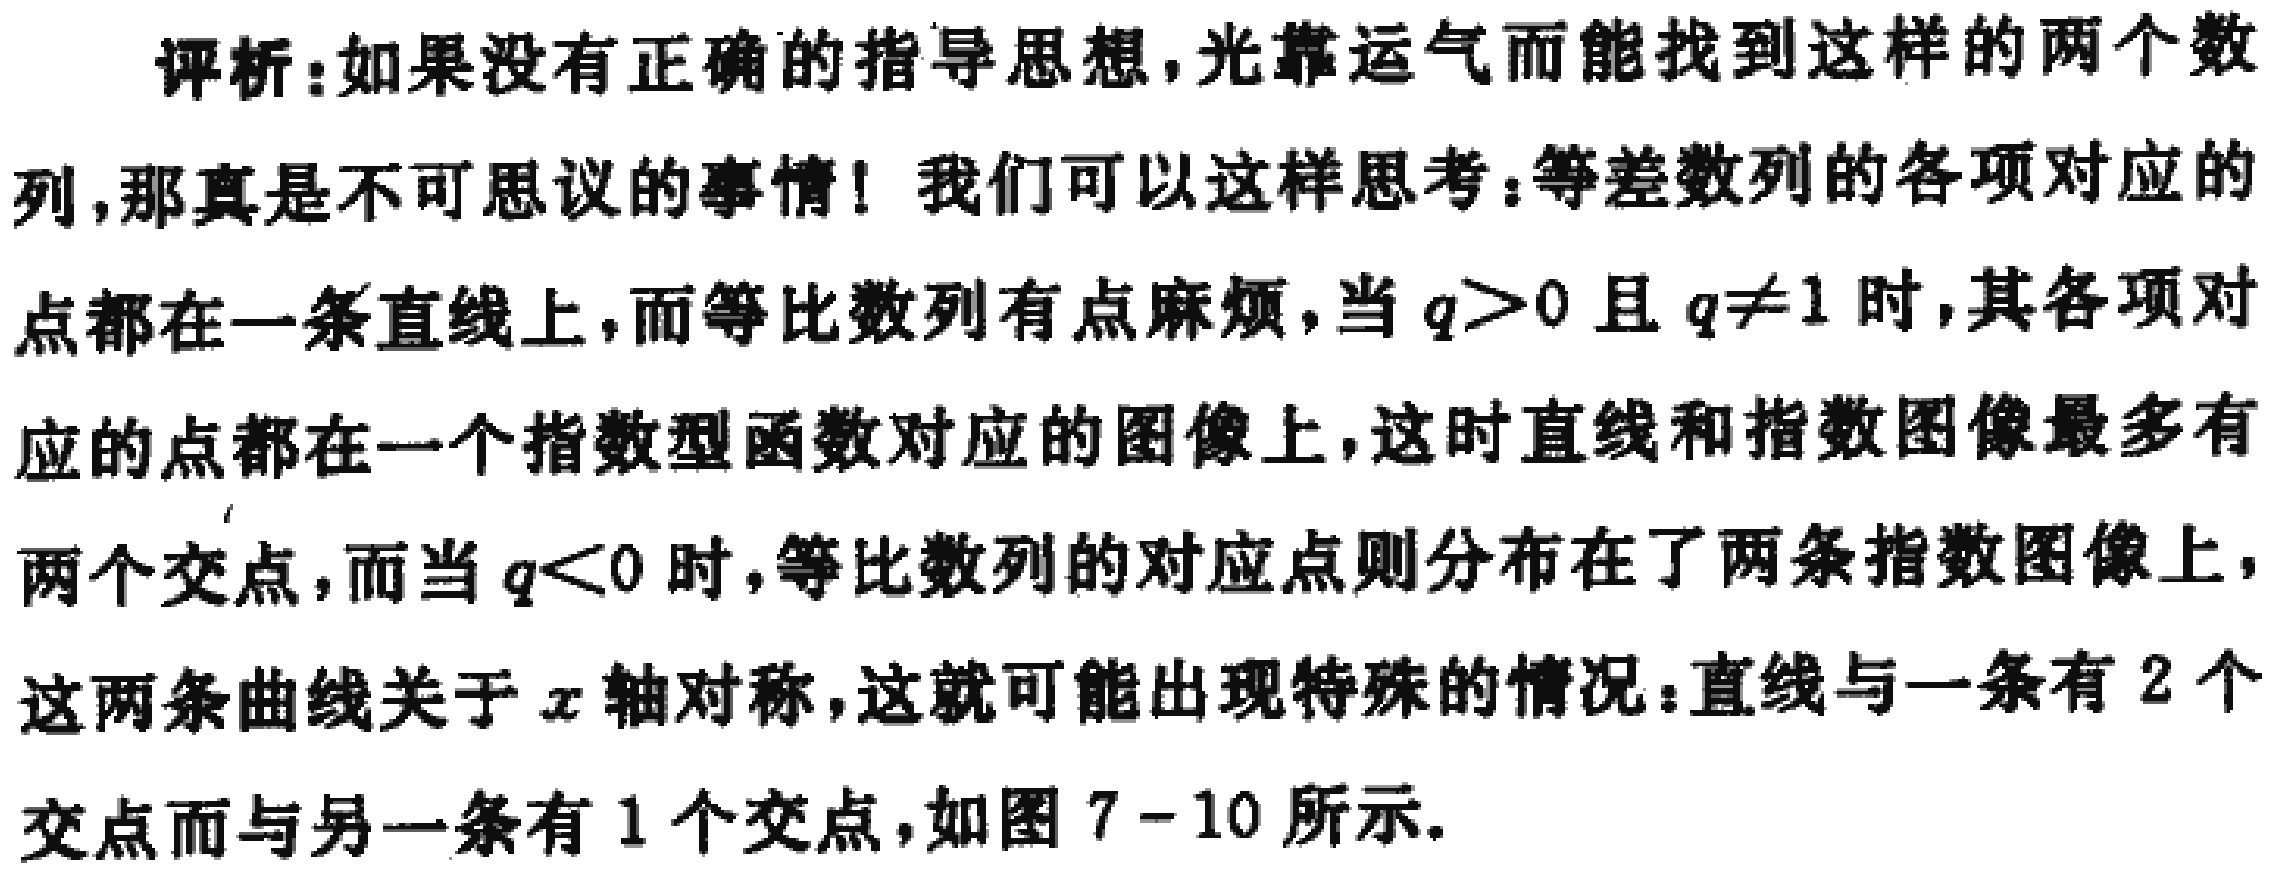
评析：如果没有正确的指导思想，光靠运气而能找到这样的两个数
列，那真是不可思议的事情！我们可以这样思考：等差数列的各项对应的
点都在一条直线上，而等比数列有点麻烦，当 \(q > 0\) 且 \(q\neq1\) 时，其各项对
应的点都在一个指数型函数对应的图像上，这时直线和指数图像最多有
两个交点，而当 \(q < 0\) 时，等比数列的对应点则分布在了两条指数图像上，
这两条曲线关于 \(x\) 轴对称，这就可能出现特殊的情况：直线与一条有 \(2\) 个
交点而与另一条有 \(1\) 个交点，如图 \(7 - 10\) 所示。